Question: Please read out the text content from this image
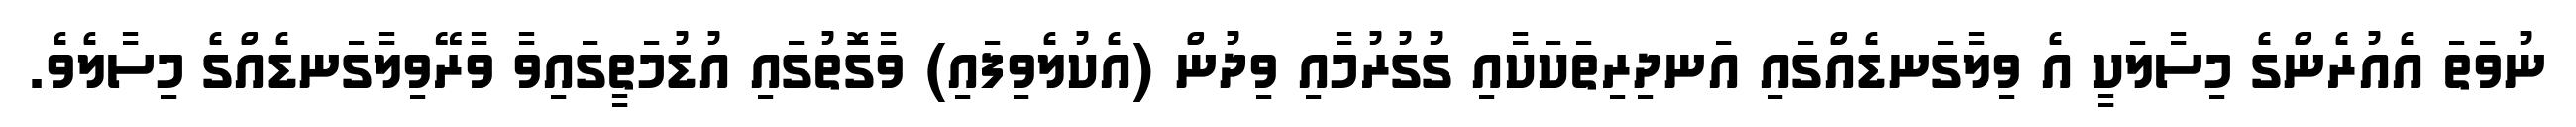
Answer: ނުވަތަ އެއުރެންގެ މިސާލަކީ އެ ވިލާގަނޑެއްގައި އަނދިރިތަކަކާއި ގުގުރުމާއި ވިދުން (އެކުލެވިފައި) ވާގޮތުގައި އުޑުމަތީގައިވާ ވާރޭވިލާގަނޑެއްގެ މިސާލެވެ.